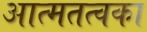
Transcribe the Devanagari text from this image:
आत्मतत्वका